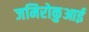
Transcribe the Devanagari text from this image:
जमिरोकुआई